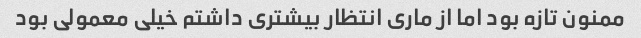
ممنون تازه بود اما از ماری انتظار بیشتری داشتم خیلی معمولی بود